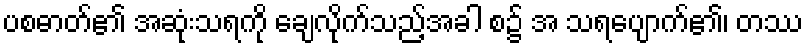
ပစဓာတ်၏ အဆုံးသရကို ချေလိုက်သည့်အခါ စ၌ အ သရပျောက်၏၊ တဿ